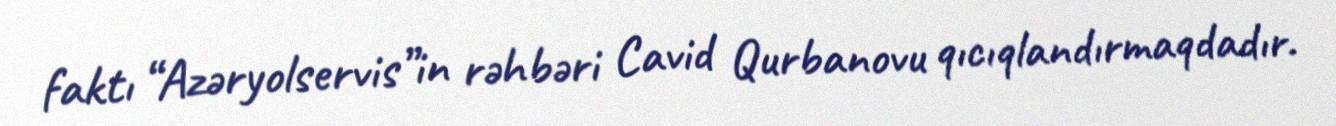
faktı “Azəryolservis”in rəhbəri Cavid Qurbanovu qıcıqlandırmaqdadır.